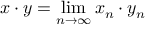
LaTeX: x \cdot y = \operatorname* { l i m } _ { n \to \infty } x _ { n } \cdot y _ { n }